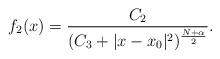
LaTeX: \begin{align*}f_2(x)= \frac{C_2}{(C_3+|x-x_0|^{2})^{\frac{N+\alpha}{2}}}.\end{align*}